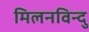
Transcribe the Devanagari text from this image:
मिलनविन्दु